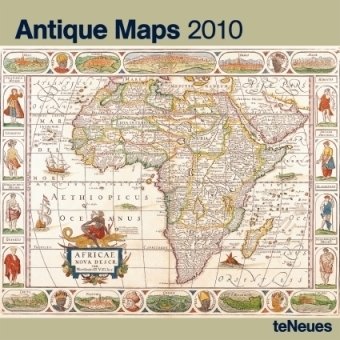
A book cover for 2010 Antique Maps Wall Calendar; Calendars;